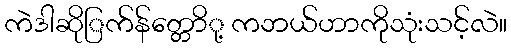
ကဲဒါဆိုြက်န်တ္တောို့ ကဘယ်ဟာကိုသုံးသင့်လဲ။